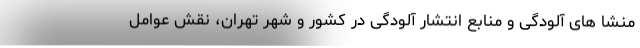
منشا های آلودگی و منابع انتشار آلودگی در کشور و شهر تهران، نقش عوامل